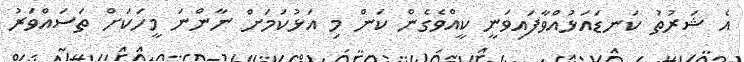
އެ ޝަރުތު ކަނޑައަޅުއްވާފައިވަނީ ކީއްވެގެން ކަން މި އަޅުކަމަށް ނާންނަ މީހަކަށް ތަސައްވަރު